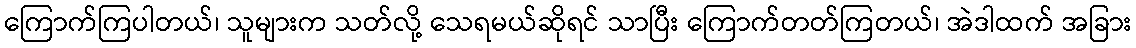
ကြောက်ကြပါတယ်၊ သူများက သတ်လို့ သေရမယ်ဆိုရင် သာပြီး ကြောက်တတ်ကြတယ်၊ အဲဒါထက် အခြား